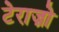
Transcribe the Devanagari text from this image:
टेराज़ो